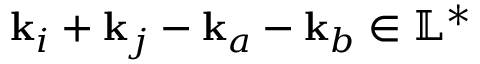
\mathbf { k } _ { i } + \mathbf { k } _ { j } - \mathbf { k } _ { a } - \mathbf { k } _ { b } \in \mathbb { L } ^ { * }